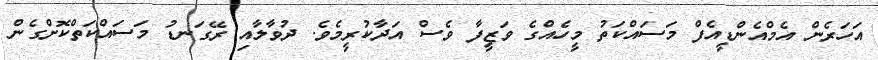
އަހަރެން އެމްއެންޑީއެފް މަސައްކަތު މީހެއްގެ ވަޒީފާ ވެސް އަދާކުރީމެވެ. ދުވާލާއި ރޭގަނޑު މަސައްކަތްކޮށްގެން